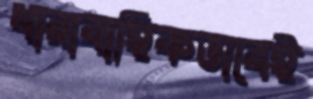
ধারাবাহিকভাবেই